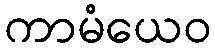
ကာမံယေဝ